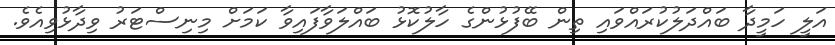
އަލީ ހަމީދާ ބައްދަލުކުރައްވައި ތިން ބޭފުޅުންގެ ހާލުކޮޅު ބައްލަވާފައިވާ ކަމަށް މިނިސްޓަރު ވިދާޅުވިއެވެ.